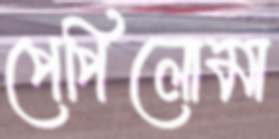
পেপিলোমা